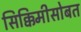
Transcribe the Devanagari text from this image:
सिक्किमीसोबत